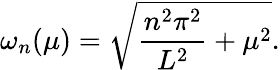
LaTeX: \omega_{n}(\mu)=\sqrt{\frac{n^{2}\pi^{2}}{L^{2}}+\mu^{2}}.